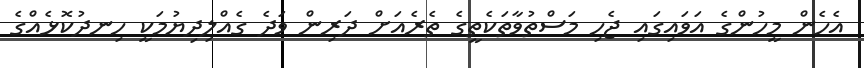
އެހެން މީހުންގެ އަވައިގައި ޖެހި މަސްތުވާތަކެތީގެ ތެރެއަށް ދަރިން ވަދެ ގެއްލިދިޔުމަކީ ހިނދުކޮޅެއްގެ